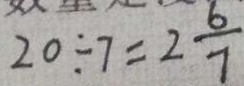
2 0 \div 7 = 2 \frac { 6 } { 7 }